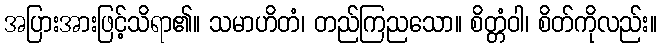
အပြားအားဖြင့်သိရာ၏။ သမာဟိတံ၊ တည်ကြညသော။ စိတ္တံဝါ၊ စိတ်ကိုလည်း။